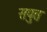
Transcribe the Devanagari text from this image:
सपुत